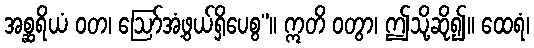
အစ္ဆရိယံ ဝတ၊ ဩော်အံ့ဖွယ်ရှိပေစွ”။ ဣတိ ဝတွာ၊ ဤသို့ဆို၍။ ထေရံ၊